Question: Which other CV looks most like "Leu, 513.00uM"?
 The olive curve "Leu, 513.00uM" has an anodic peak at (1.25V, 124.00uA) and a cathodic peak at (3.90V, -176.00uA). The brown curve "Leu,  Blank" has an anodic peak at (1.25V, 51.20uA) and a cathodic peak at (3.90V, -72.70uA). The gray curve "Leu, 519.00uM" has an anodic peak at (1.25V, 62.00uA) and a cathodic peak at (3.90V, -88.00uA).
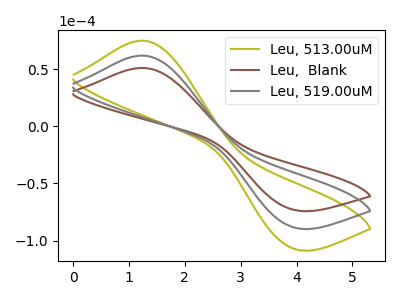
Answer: <think>All the peaks in "Leu, 513.00uM" have a peak in "Leu,  Blank" at the same potential. Every peak in "Leu, 513.00uM" is higher than every peak in "Leu,  Blank". All the peaks in "Leu, 513.00uM" have a peak in "Leu, 519.00uM" at the same potential. Every peak in "Leu, 513.00uM" is higher than every peak in "Leu, 519.00uM". All the peaks in "Leu,  Blank" have a peak in "Leu, 519.00uM" at the same potential. Every peak in "Leu,  Blank" is lower than every peak in "Leu, 519.00uM".
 </think>
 <answer>"Leu, 513.00uM" and "Leu, 519.00uM" have a similar shape to "Leu,  Blank".</answer>
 <eval>"Leu, 513.00uM" "Leu, 519.00uM"</eval>